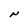
Character: N